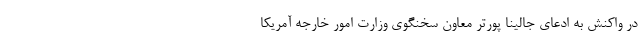
در واکنش به ادعای جالینا پورتر معاون سخنگوی وزارت امور خارجه آمریکا